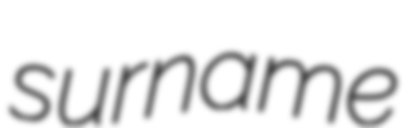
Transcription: surname